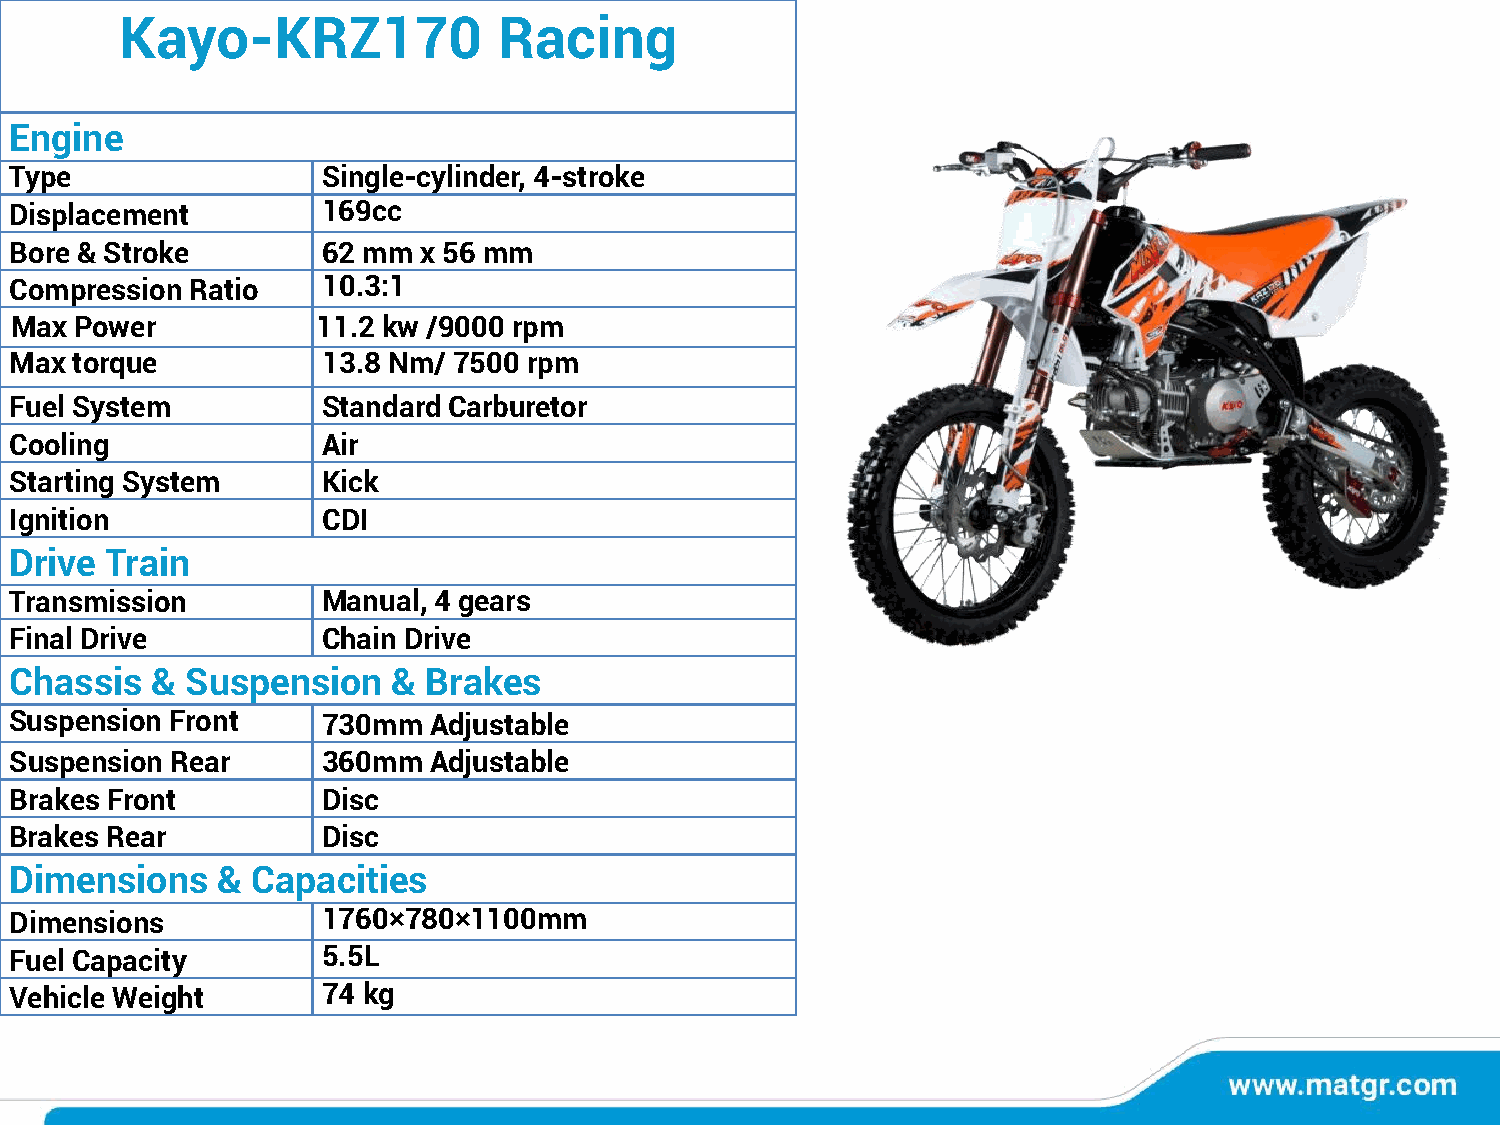
Kayo-KRZ170              Racing
 Engine
 Type                Single-cylinder, 4-stroke
 Displacement        169cc
 Bore & Stroke       62 mm  x 56 mm
 Compression Ratio   10.3:1
 Max Power           11.2 kw /9000 rpm
 Max torque          13.8 Nm/ 7500 rpm
 Fuel System         Standard Carburetor
 Cooling             Air
 Starting System     Kick
 Ignition            CDI
 Drive Train
 Transmission        Manual, 4 gears
 Final Drive         Chain Drive
 Chassis  & Suspension    & Brakes
 Suspension Front    730mm  Adjustable
 Suspension Rear     360mm  Adjustable
 Brakes Front        Disc
 Brakes Rear         Disc
 Dimensions   &  Capacities
 Dimensions          1760×780×1100mm
 Fuel Capacity       5.5L
 Vehicle Weight      74 kg